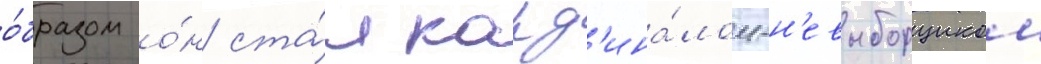
о́бразом о́н ста́л кард'ина́лом-н'евыборщиком